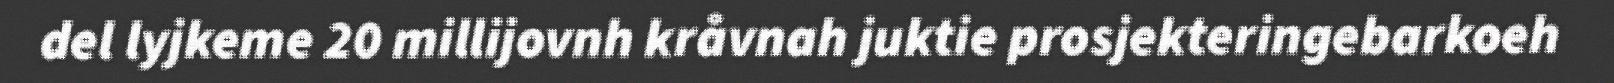
del lyjkeme 20 millijovnh kråvnah juktie prosjekteringebarkoeh